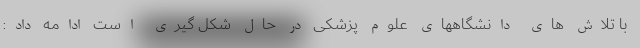
با تلاش های دانشگاههای علوم پزشکی در حال شکل گیری است ادامه داد: